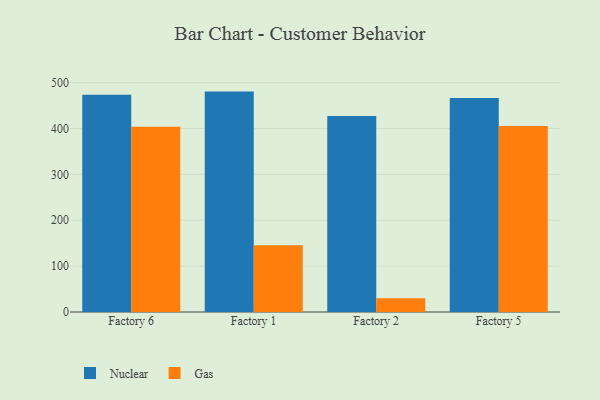
{"axis": {"x": "Factory", "y": "Operating Costs (USD K)"}, "legend": ["Gas", "Nuclear"], "data": [{"x": "Factory 6", "y": 473.4, "type": "Nuclear"}, {"x": "Factory 6", "y": 403.7, "type": "Gas"}, {"x": "Factory 1", "y": 480.5, "type": "Nuclear"}, {"x": "Factory 1", "y": 145.4, "type": "Gas"}, {"x": "Factory 2", "y": 427.3, "type": "Nuclear"}, {"x": "Factory 2", "y": 30.2, "type": "Gas"}, {"x": "Factory 5", "y": 466.3, "type": "Nuclear"}, {"x": "Factory 5", "y": 405.7, "type": "Gas"}]}